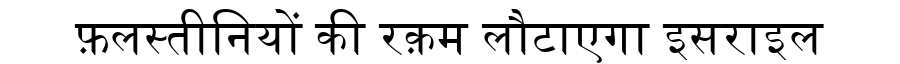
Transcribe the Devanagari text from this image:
फ़लस्तीनियों की रक़म लौटाएगा इसराइल